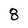
Character: 8